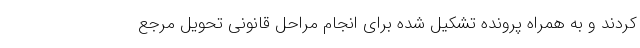
کردند و به همراه پرونده تشکیل شده برای انجام مراحل قانونی تحویل مرجع